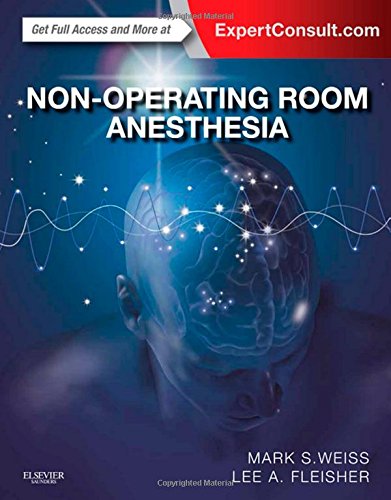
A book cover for Non-Operating Room Anesthesia: Expert Consult - Online and Print, 1e; Mark S. Weiss MD; Medical Books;